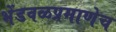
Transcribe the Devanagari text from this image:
भेंडवळप्रमाणेच